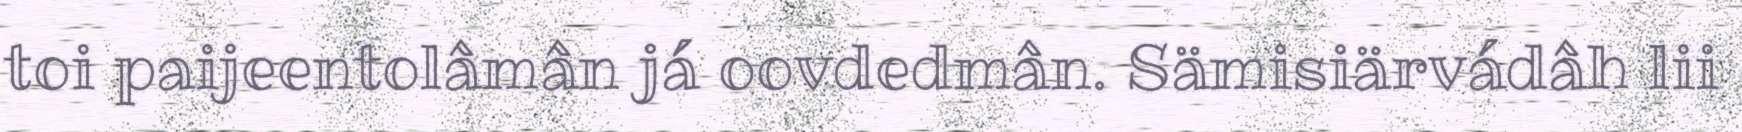
toi paijeentolâmân já oovdedmân. Sämisiärvádâh lii